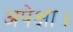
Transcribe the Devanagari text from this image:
अपेक्षा।